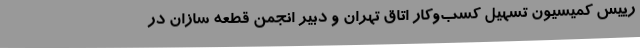
رییس کمیسیون تسهیل کسب‌وکار اتاق تهران و دبیر انجمن قطعه سازان در